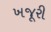
ખજૂરી